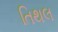
તિથલ